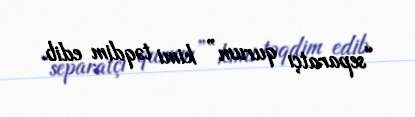
“separatçı qurum” kimi təqdim edib.